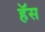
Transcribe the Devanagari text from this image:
हॅस